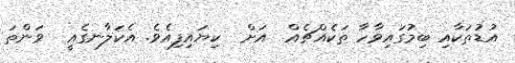
އުޑުތަކާއި ބިމުގައިވާހާ ތަކެއްޗެއް  އަށް  ކިޔައިފިއެވެ. އެކަލާނގެއީ  ވަންތަ